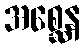
အစ္ဆေန